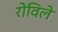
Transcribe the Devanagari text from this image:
रोविले